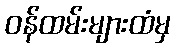
ဝန်ထမ်းများထံမှ